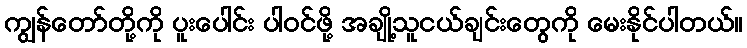
ကျွန်တော်တို့ကို ပူးပေါင်း ပါဝင်ဖို့ အချို့သူငယ်ချင်းတွေကို မေးနိုင်ပါတယ်။